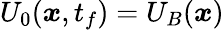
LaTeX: U_{0}({\boldsymbol{x}},t_{f})=U_{B}({\boldsymbol{x}})